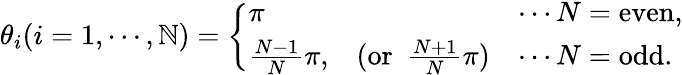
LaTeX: \theta_{i}(i=1,\cdots,\mathbb{N})=\left\{ \begin{array}{lcl}{{\pi}}&{{}}&{{\cdots N=\mathrm{even},}}\\ {{{\frac{N-1}{N}}\pi,}}&{{(\mathrm{or}~~{\frac{N+1}{N}}\pi)}}&{{\cdots N=\mathrm{odd}.}}\end{array}\right.